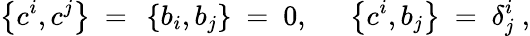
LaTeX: \left\{ c^{i},c^{j}\right\} \ =\ \left\{ b_{i},b_{j}\right\} \ =\ 0,\ \quad\left\{ c^{i},b_{j}\right\} \ =\ \delta_{j}^{i}\ ,